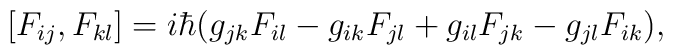
\hspace{5em}[F_{ij},F_{kl}]=i\hbar(g_{jk}F_{il}-g_{ik}F_{jl}+g_{il}F_{jk}-g_{jl}F_{ik}),